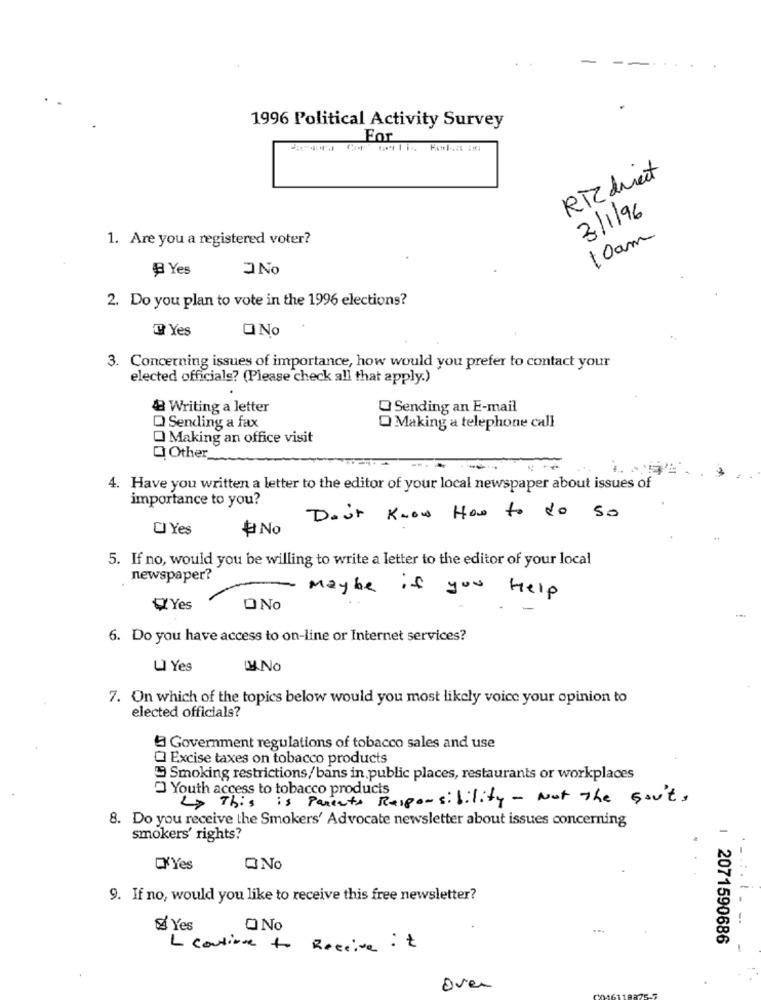
1996 l'olitical Activity Survey
For
RTZ duet
3/1/96
1. Are you a registered voter?
10 am
₽ Yes
JNo
2. Do you plan to vote in the 1996 elections?
T Yes
O No
3. Concerning issues of importance, how would you prefer to contact your
elected officials? (Please check all that apply.)
& Writing a letter
Q Sending an E-mail
Q Sending a fax
O Making a telephone call
O Making an office visit
Q Other
4. Have you written a letter to the editor of your local newspaper about issues of
importance to you?
Don't know How to do so
CI Yes
# No
5. If no, would you be willing to write a letter to the editor of your local
newspaper?
- Maybe if you help
QYes
ONO
6. Do you have access to on-line or Internet services?
L Yes
.No
7. On which of the topics below would you most likely voice your opinion to
elected officials?
- Government regulations of tobacco sales and use
Q Excise taxes on tobacco products
Smoking restrictions/bans in, public places, restaurants or workplaces
Youth access to tobacco products
4> This
is Parents Responsibility - Not The Gov't,
8. Do you receive the Smokers' Advocate newsletter about issues concerning
smokers' rights?
E'Yes
ONo
9. If no, would you like to receive this free newsletter?
......- -
& Yes
ONo
1 2071590686
L continue to Receive it
oven